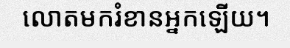
លោតមករំខានអ្នកឡើយ។